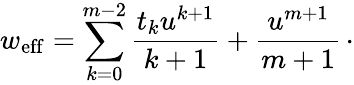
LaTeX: w_{\mathrm{eff}}=\sum_{k=0}^{m-2}{\frac{t_{k}u^{k+1}}{k+1}}+{\frac{u^{m+1}}{m+1}}\, \cdotp